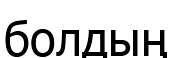
болдың